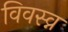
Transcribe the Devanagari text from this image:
विवस्व्न